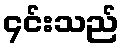
၄င်းသည်